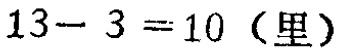
\(13 - 3 = 10 \text{（里）}\)